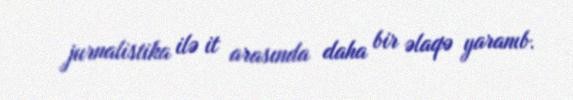
jurnalistika ilə it arasında daha bir əlaqə yaranıb.